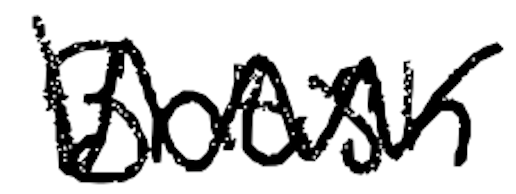
Text: British
Cross-out: zig-zag
Writing tool: digital_black